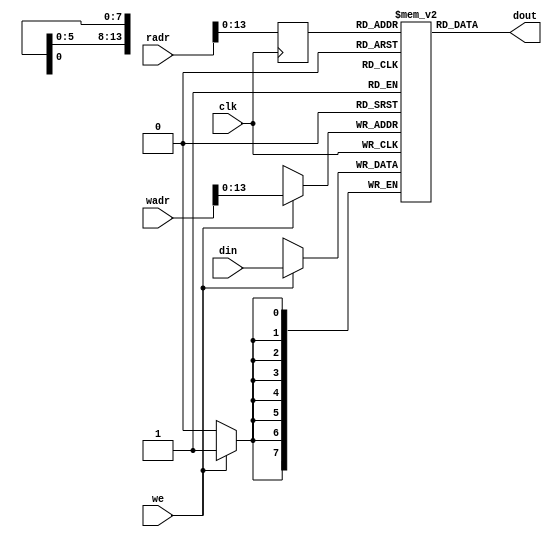
////////////////////////////////////////////////////////////////////////////////
//
// Copyright (C) 2022, liuming
//
// This program is free software (firmware): you can redistribute it and/or
// modify it under the terms of  the GNU General Public License as published
// by the Free Software Foundation, either version 3 of the License, or (at
// your option) any later version.
//
// This program is distributed in the hope that it will be useful, but WITHOUT
// ANY WARRANTY; without even the implied warranty of MERCHANTIBILITY or
// FITNESS FOR A PARTICULAR PURPOSE.  See the GNU General Public License
// for more details.
//
// You should have received a copy of the GNU General Public License along
// with this program.  (It's in the $(ROOT)/doc directory.  Run make with no
// target there if the PDF file isn't present.)  If not, see
// <http://www.gnu.org/licenses/> for a copy.
//
// License:	GPL, v3, as defined and found on www.gnu.org,
//		http://www.gnu.org/licenses/gpl.html
//
//
////////////////////////////////////////////////////////////////////////////////
//
//

module bram
#(
	parameter AW = 16,
	parameter BW = 8,
	parameter DP = 256 * 64
)
(
	input clk,
    input [BW-1:0] din,
    input we,
	input [AW-1:0] wadr,
    input [AW-1:0] radr,
	output [BW-1:0] dout
);
	
	(* ram_style = "block" *)
	reg [BW-1:0] ram [DP-1:0];
	reg [AW-1:0] read_a; 
    
    integer i;
    
    initial
    begin
        for(i = 0; i < DP; i = i + 1)
            ram[i] = 0;
    end
    
	always @(posedge clk) begin
		if (we) begin
			ram [wadr] <= din;
		end
		read_a <= radr;
	end
	
	assign dout = ram [read_a];
	
	
endmodule